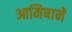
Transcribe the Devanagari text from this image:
आमिषाने